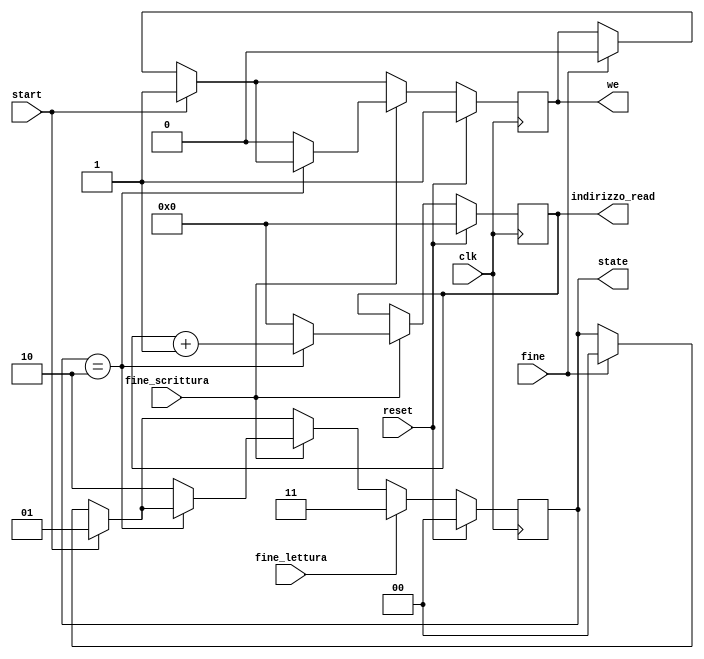
`timescale 1ns / 1ps


module FSM(

    input start,
    input clk,
    input reset,
    
    output reg we,   
    
    input fine_scrittura,
    input fine_lettura,
    input fine, 
    
    output reg [8:0] indirizzo_read,
    output reg [1:0] state
    );
    
                   
    always@(posedge clk) begin
        if (fine) begin
            state <= 2'b00;
            we <= 0;          
        end
        if (reset) begin
            indirizzo_read <= 9'h0;            
            state <= 2'b00;
            we <= 1;           
        end
        
        else begin        
            if (start) begin
                state <= 2'b01;
                we <= 1;                                      
            end
            
            if (fine_scrittura) begin
                if (state == 2'b10) begin
                    indirizzo_read <= indirizzo_read + 1;
                end
                else begin
                    state <= 2'b10;
                    we <= 0;                   
                    indirizzo_read <= 10'h0;
                end
            end           
            
            if (fine_lettura) begin
                state <= 2'b11;                
            end                
        end                  
    end    
                      
endmodule